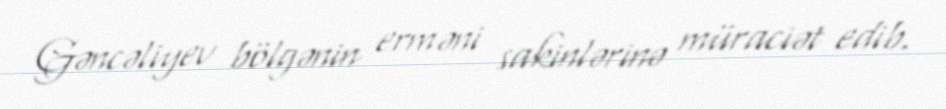
Gəncəliyev bölgənin erməni sakinlərinə müraciət edib.